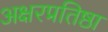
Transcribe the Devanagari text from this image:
अक्षरप्रतिष्ठा